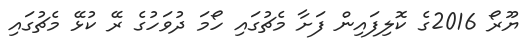
ޔޫރޯ 2016ގެ ކޮލިފައިން ފަށާ މެޗުގައި ހޯމަ ދުވަހުގެ ރޭ ކުޅޭ މެޗުގައި